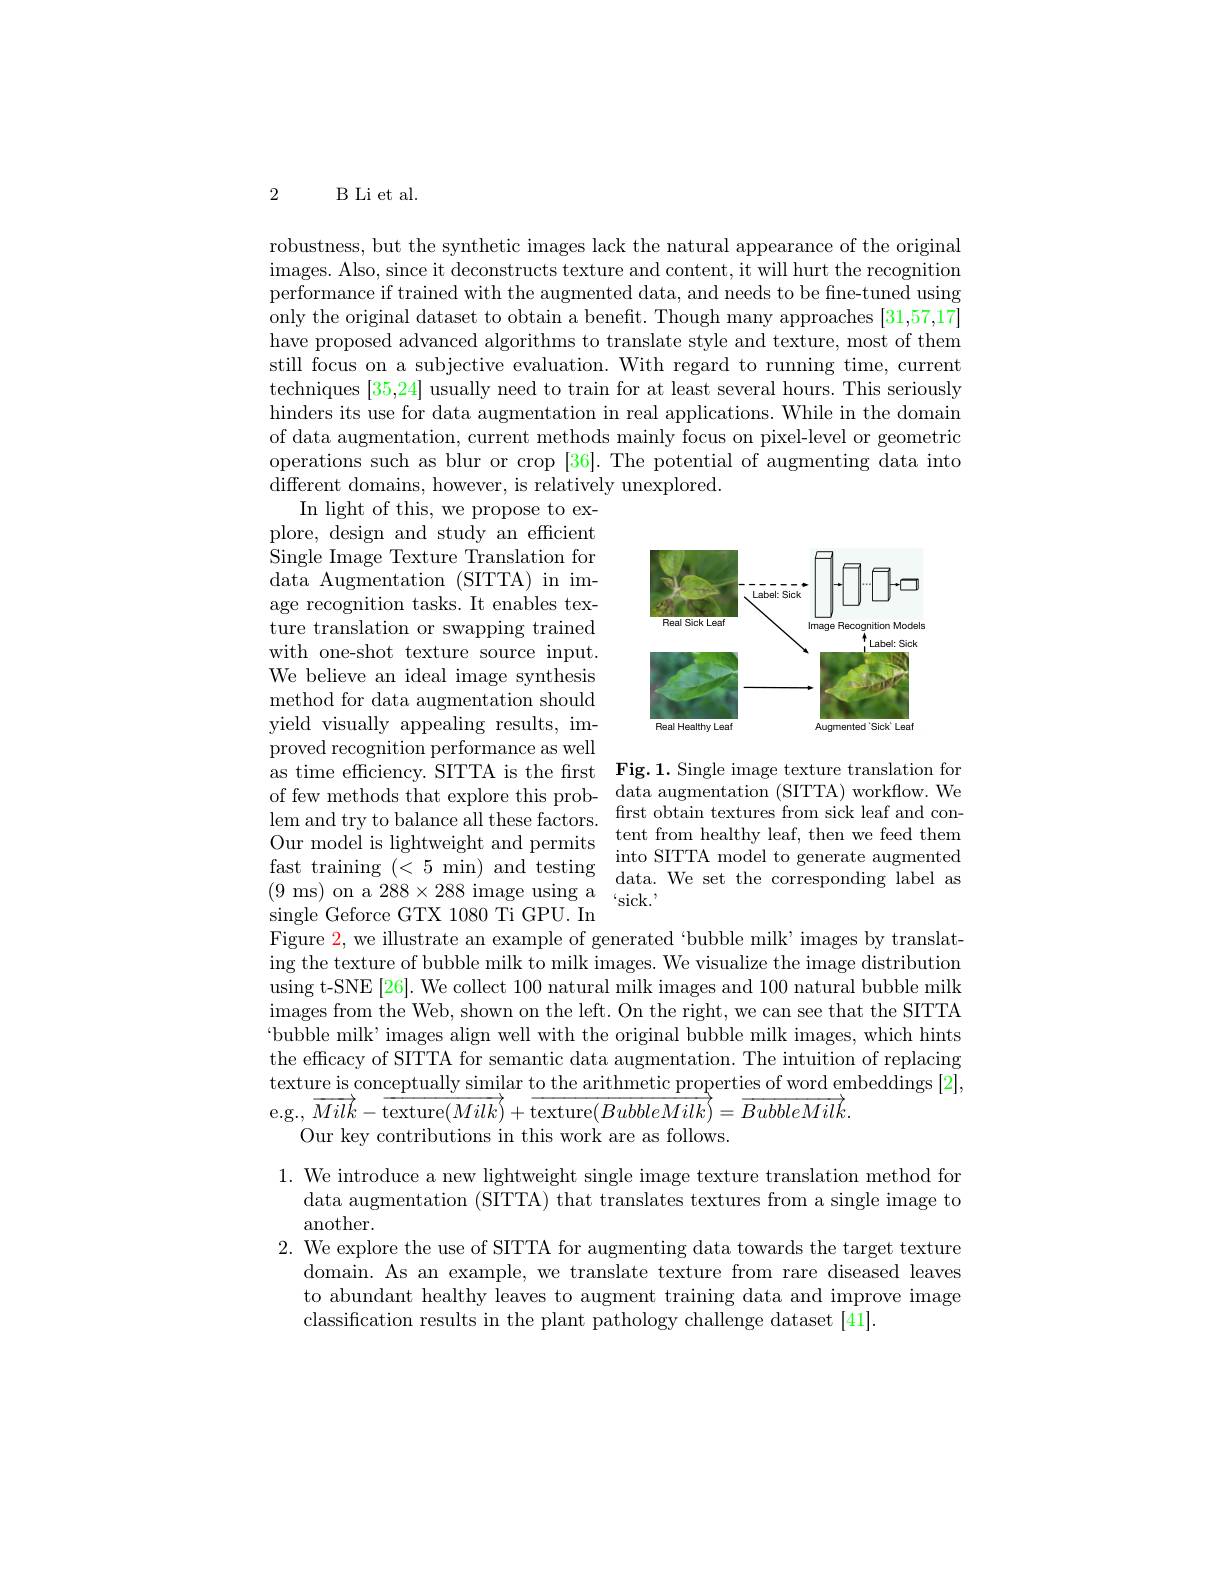
2 B Li et al.

robustness, but the synthetic images lack the natural appearance of the original images. Also, since it deconstructs texture and content, it will hurt the recognition performance if trained with the augmented data, and needs to be fine-tuned using only the original dataset to obtain a benefit. Though many approaches [31,57,17] have proposed advanced algorithms to translate style and texture, most of them still focus on a subjective evaluation. With regard to running time, current techniques [35,24] usually need to train for at least several hours. This seriously hinders its use for data augmentation in real applications. While in the domain of data augmentation, current methods mainly focus on pixel-level or geometric operations such as blur or crop [36]. The potential of augmenting data into different domains, however, is relatively unexplored.
In light of this, we propose to ex-

<FigureHere>

plore, design and study an efficient Single Image Texture Translation for data Augmentation (SITTA) in image recognition tasks. It enables texture translation or swapping trained with one-shot texture source input. We believe an ideal image synthesis method for data augmentation should yield visually appealing results, improved recognition performance as well as time efficiency.SITTA is the first Fig.1.Single image texture translation for of few methods that explore this prob- data augmentation (SITTA) workflow. We lem and try to balance all these factors. Our model is lightweight and permits $\begin{array}{lll}{\mathrm{fast~training~}(<5~min)~and~testing}&{\mathrm{into~SITTA~model~to~generate~augmented}}\\{\mathrm{dat.We~se~the~the~corresponding~label~as}}\\{\mathrm{(9~ms)~on~a~288\times288~image~using~a~}}&{\mathrm{isick.}}\end{array}$
single Geforce GTX 1080 Ti GPU. In
Figure $\color{red}2$, we illustrate an example of generated `bubble milk' images by translat-

first obtain textures from sick leaf and content from healthy leaf, then we feed them

ing the texture of bubble milk to milk images. We visualize the image distribution using t-SNE[26]. We collect 100 natural milk images and 100 natural bubble milk images from the Web, shown on the left. On the right, we can see that the SITTA “bubble milk’images align well with the original bubble milk images, which hints the efficacy of SITTA for semantic data augmentation. The intuition of replacing texture is conceptually similar to the arithmetic properties of word embeddings [2], e.g.,$\overrightarrow{Milk}-\overrightarrow{\text{texture}(Milk)}+\overline{\text{texture}(BubbleMilk)}=\overrightarrow{BubbleMilk}.$
Our key contributions in this work are as follows.

1. We introduce a new lightweight single image texture translation method for
data augmentation (SITTA) that translates textures from a single image to
another.

2. We explore the use of SITTA for augmenting data towards the target texture
domain. As an example, we translate texture from rare diseased leaves to abundant healthy leaves to augment training data and improve image classification results in the plant pathology challenge dataset [41].